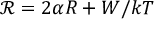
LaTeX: \textstyle { \mathcal { R } } = 2 \alpha R + W / k T